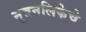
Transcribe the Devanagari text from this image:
मूत्रनलिकेचे